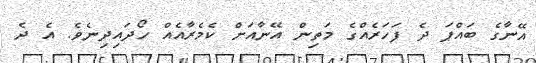
އޭނާގެ ބައްޕަ ދެ ފަހަރެއްގެ މަތިން އޭނާއަށް ކެމެރާއެއް ހޯދައިދިނެވެ. އެ ދެ